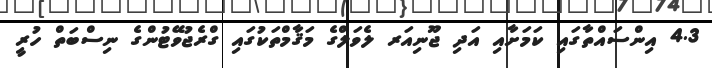
4.3 އިންސައްތާގައި ކަމަށާއި އަދި ޖޫނިއަރ ލެވަލްގެ މަޤާމްތަކުގައި ގްރެޖުވޭޓުންގެ ނިސްބަތް ހުރީ